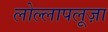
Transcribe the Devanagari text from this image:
लोल्लापलूज़ा